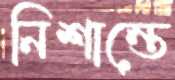
নিশান্তে